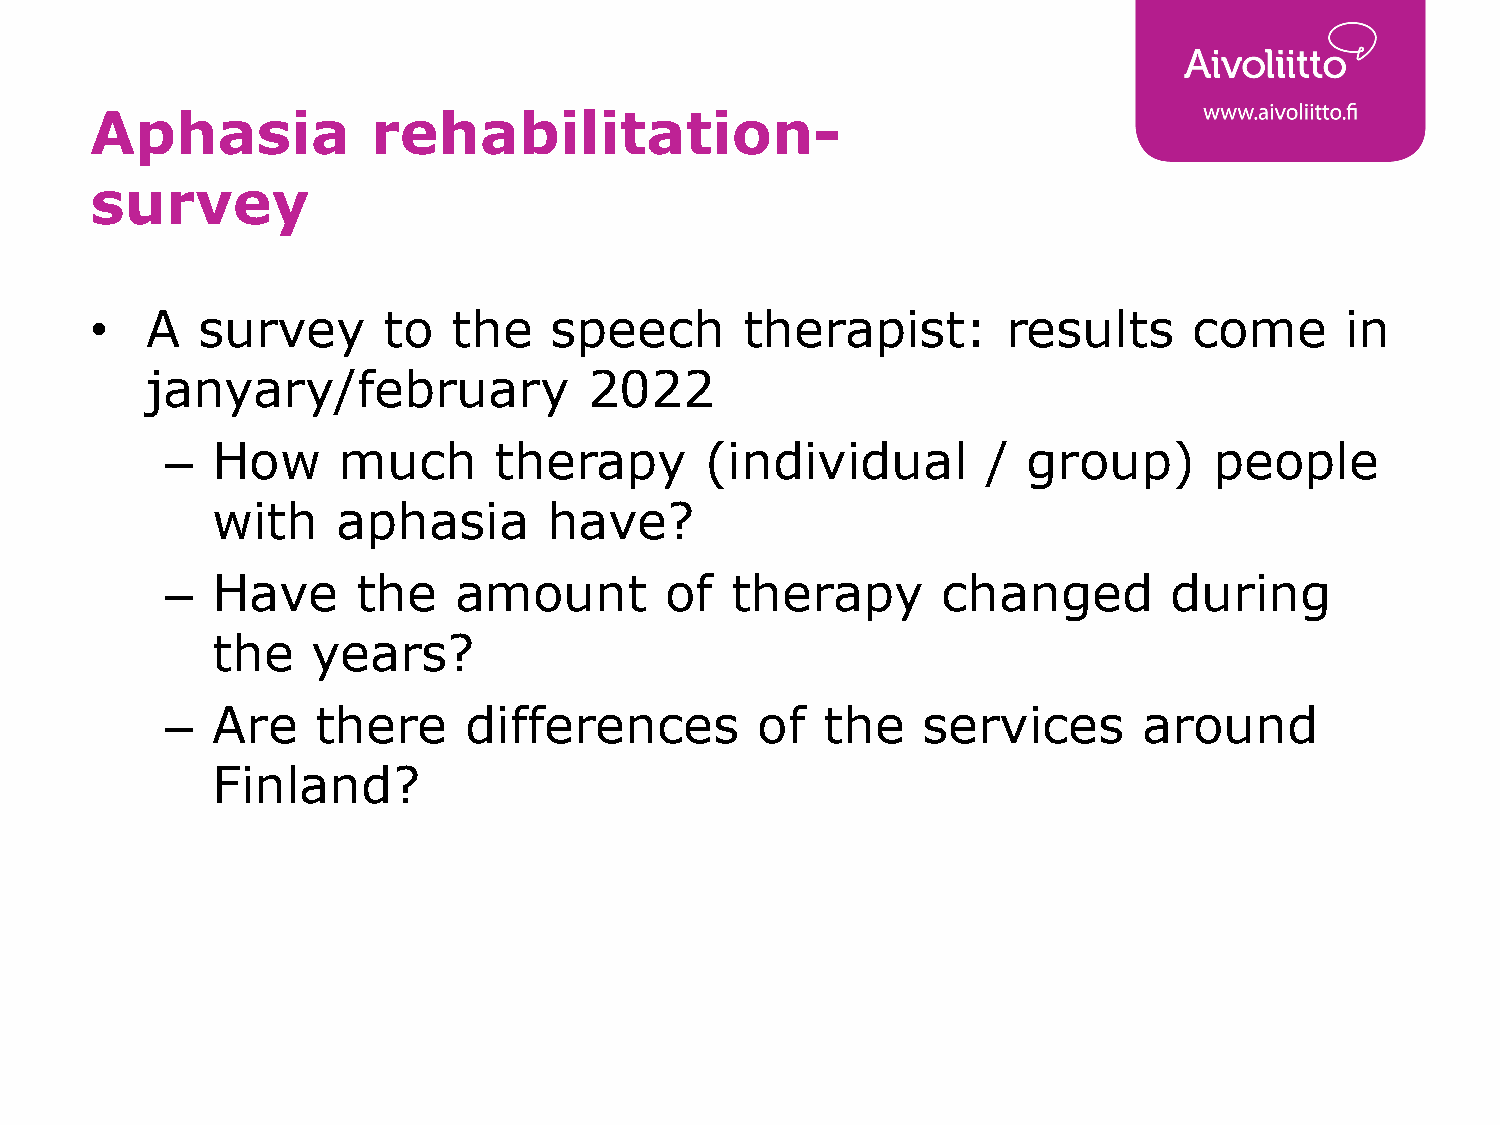
Aphasia            rehabilitation-
 survey
 •   A  survey      to   the   speech       therapist:        results     come      in
 janyary/february             2022
 –  How     much       therapy       (individual       /  group)      people
 with    aphasia       have?
 –  Have      the   amount        of  therapy       changed        during
 the    years?
 –  Are    there     differences        of   the   services       around
 Finland?